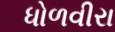
ધોળવીરા